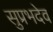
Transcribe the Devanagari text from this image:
सुप्रभदेव